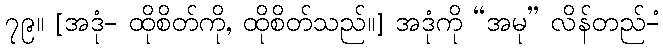
၇၉။ [အဒုံ- ထိုစိတ်ကို, ထိုစိတ်သည်။] အဒုံကို “အမု” လိန်တည်-ံ